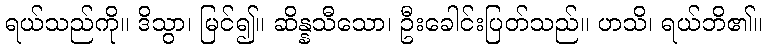
ရယ်သည်ကို။ ဒိသွာ၊ မြင်၍။ ဆိန္နသီသော၊ ဦးခေါင်းပြတ်သည်။ ဟသိ၊ ရယ်ဘိ၏။